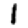
Digit: 1